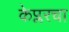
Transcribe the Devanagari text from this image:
केप्लरचा